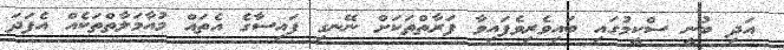
އަދި ބުނީ ސްކީމުގައި ބައިވެރިވެފައިވާ ފަރާތްތަކަށް ނޭނގި ފައިސާގެ އެތައް މުއާމަލާތްތަކެއް އެފަދަ